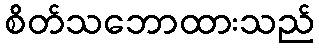
စိတ်သဘောထားသည်